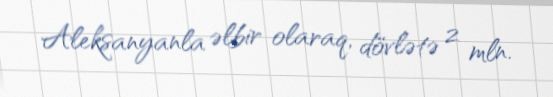
Aleksanyanla əlbir olaraq, dövlətə 2 mln.